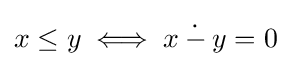
x\leq y\iff x\mathbin {\dot {-}} y=0